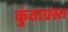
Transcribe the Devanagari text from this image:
कुंठाग्रस्त